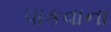
પાકવાના